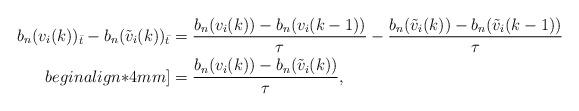
LaTeX: \begin{align*}b_n(v_i(k))_{\bar t}-b_n(\tilde v_i(k))_{\bar t} &= \frac{b_n(v_i(k))-b_n(v_i(k-1))}{\tau} - \frac{b_n(\tilde v_i(k))-b_n(\tilde v_i(k-1))}{\tau} \\begin{align*}4mm] &= \frac{b_n(v_i(k))- b_n(\tilde v_i(k))}{\tau},\end{align*}